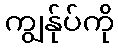
ကျွန်ုပ်ကို